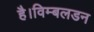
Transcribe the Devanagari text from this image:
है।विम्बलडन